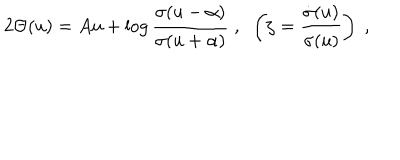
2 \Theta ( u ) = A u + \log \frac { \sigma ( u - \alpha ) } { \sigma ( u + \alpha ) } \; , \; \; \left( \zeta = \frac { \dot { \sigma } ( u ) } { \sigma ( u ) } \right) \; ,